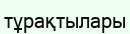
тұрақтылары